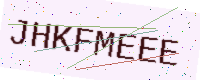
Text: JHKFMEEE